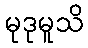
မုဒုမူသိ